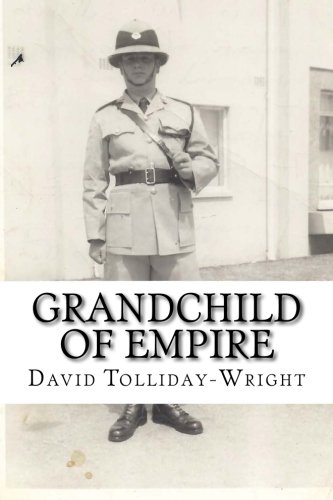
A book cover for Grandchild of Empire: A British life in changing times; David Tolliday-Wright; Biographies & Memoirs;